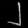
Digit: ၂